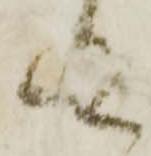
九